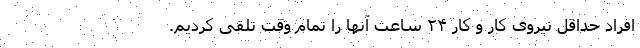
افراد حداقل نیروی کار و کار ۲۴ ساعت آنها را تمام وقت تلقی کردیم.